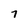
Character: 7